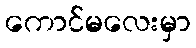
ကောင်မလေးမှာ